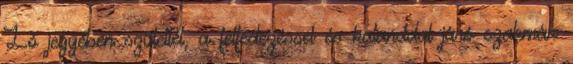
Ló jegyében születtél, a felfedezéssel és kalanddal járó szakmák